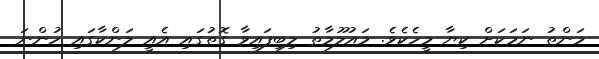
މަންތު ނަމަކަށް ކިޔާ މީހެކެވެ. މައުލޫމާތު ލިބިފައިވާ ގޮތުގައި އެއީ ލަންކާގައި ހުންނަ